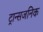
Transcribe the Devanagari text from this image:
ट्रान्सजनिक